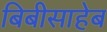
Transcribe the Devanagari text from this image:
बिबीसाहेब